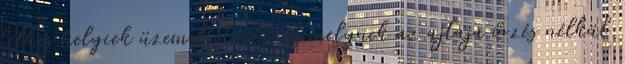
lelkes helyiek üzemeltetnek, és melynek az ajtaja őrzés nélkül